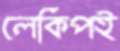
লেকিপই